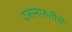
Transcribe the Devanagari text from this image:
दासमारुतीचे